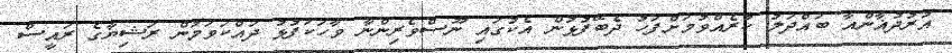
އުރުދުޣާންއާ ބައްދަލު ކުރެއްވުމަށްފަހު ދެބޭފުޅުން އެކުގައި ނޫސްވެރިންނާ ވާހަކަފުޅު ދައްކަވަމުން ރަޝިޔާގެ ރައީސް